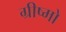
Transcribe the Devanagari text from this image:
ग्रीष्मो